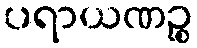
ပရာယဏဉ္စ